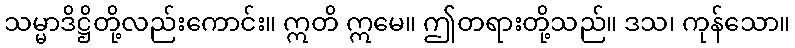
သမ္မာဒိဋ္ဌိတို့လည်းကောင်း။ ဣတိ ဣမေ။ ဤတရားတို့သည်။ ဒသ၊ ကုန်သော။